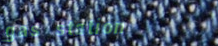
gas station